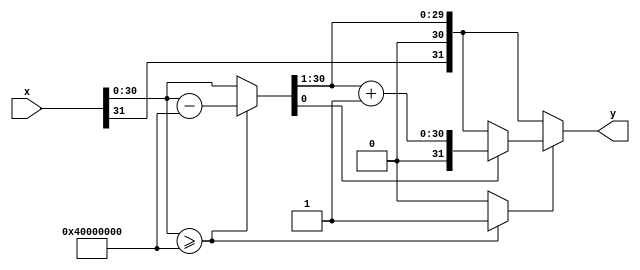
module Rounder (
  input [31:0] x, //Input
  output reg [31:0] y //Output
);

  reg [30:0] frac; // Fractional part of the input
  reg carry; // Carry bit

//Main loop
  always @* begin
  // Check if the input's fractional part is greater than or equal to 0.5
    if (x[30:0] >= 2**30) begin
      frac = x[30:0] - 2**30;
      carry = 1;
    end else begin
      frac = x[30:0];
      carry = 0;
    end

    // If the fractional part is greater than or equal to 0.5, round up
    if (carry == 1) begin
      if (frac[0] == 1) begin
        y = {x[31], (frac >> 1) + 1}; //Remove fractional part and add 1 
      end else begin
        y = {x[31], frac >> 1};
      end
      //If smaller, just remove fractional part
    end else begin
      y = {x[31], frac >> 1};
    end
  end

endmodule